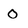
Character: 0